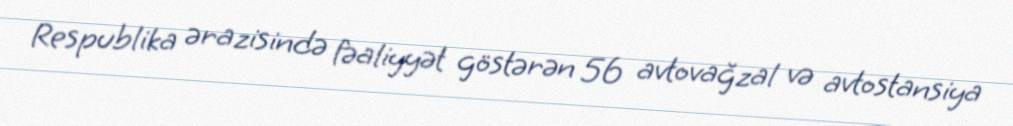
Respublika ərazisində fəaliyyət göstərən 56 avtovağzal və avtostansiya